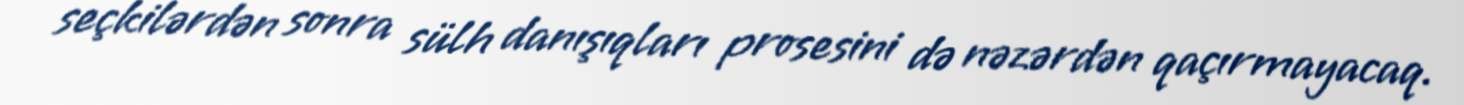
seçkilərdən sonra sülh danışıqları prosesini də nəzərdən qaçırmayacaq.